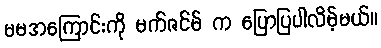
မမအကြောင်းကို မက်ဇင်မ် က ပြောပြပါလိမ့်မယ်။